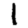
Digit: 1